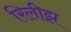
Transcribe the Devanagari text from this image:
रिलीझ